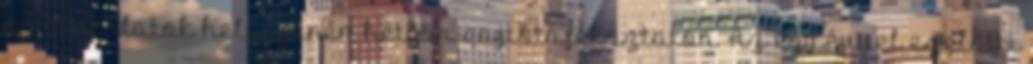
a munkálatok helyszínén hétfőn sajtótájékoztatón. Az egy évvel ezelőtti